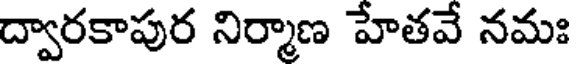
ద్వారకాపుర నిర్మాణ హేతవే నమః